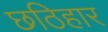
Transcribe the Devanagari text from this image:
छठिहार